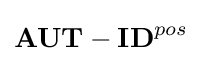
\mathbf {AUT-ID} ^{pos}